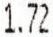
1.72